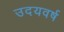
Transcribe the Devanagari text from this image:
उदयवर्ष